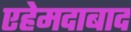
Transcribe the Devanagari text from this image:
एहेमदाबाद